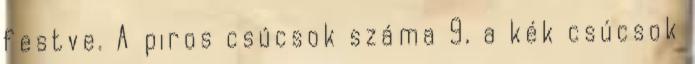
festve. A piros csúcsok száma 9, a kék csúcsok